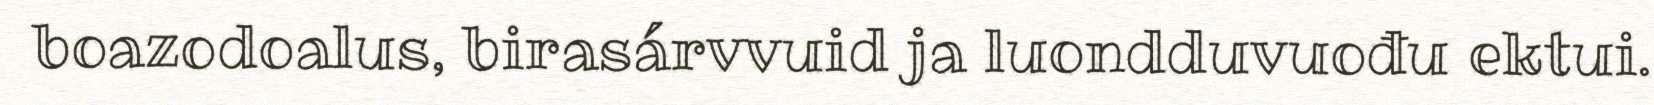
boazodoalus, birasárvvuid ja luondduvuođu ektui.